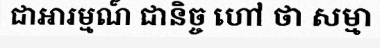
ជាឤរម្មណ៍ ជានិច្ច ហៅ ថា សម្មា